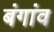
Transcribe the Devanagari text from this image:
बंगांव